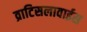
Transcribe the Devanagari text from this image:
व्राटिसलावाईस